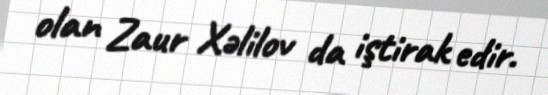
olan Zaur Xəlilov da iştirak edir.